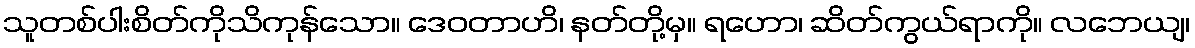
သူတစ်ပါးစိတ်ကိုသိကုန်သော။ ဒေဝတာဟိ၊ နတ်တို့မှ။ ရဟော၊ ဆိတ်ကွယ်ရာကို။ လဘေယျ၊